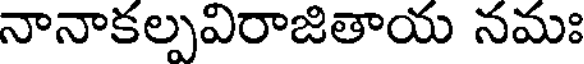
నానాకల్పవిరాజితాయ నమః